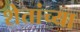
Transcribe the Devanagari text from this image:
शेतांच्या